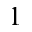
1